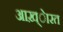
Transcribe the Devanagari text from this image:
आख़्ेारत